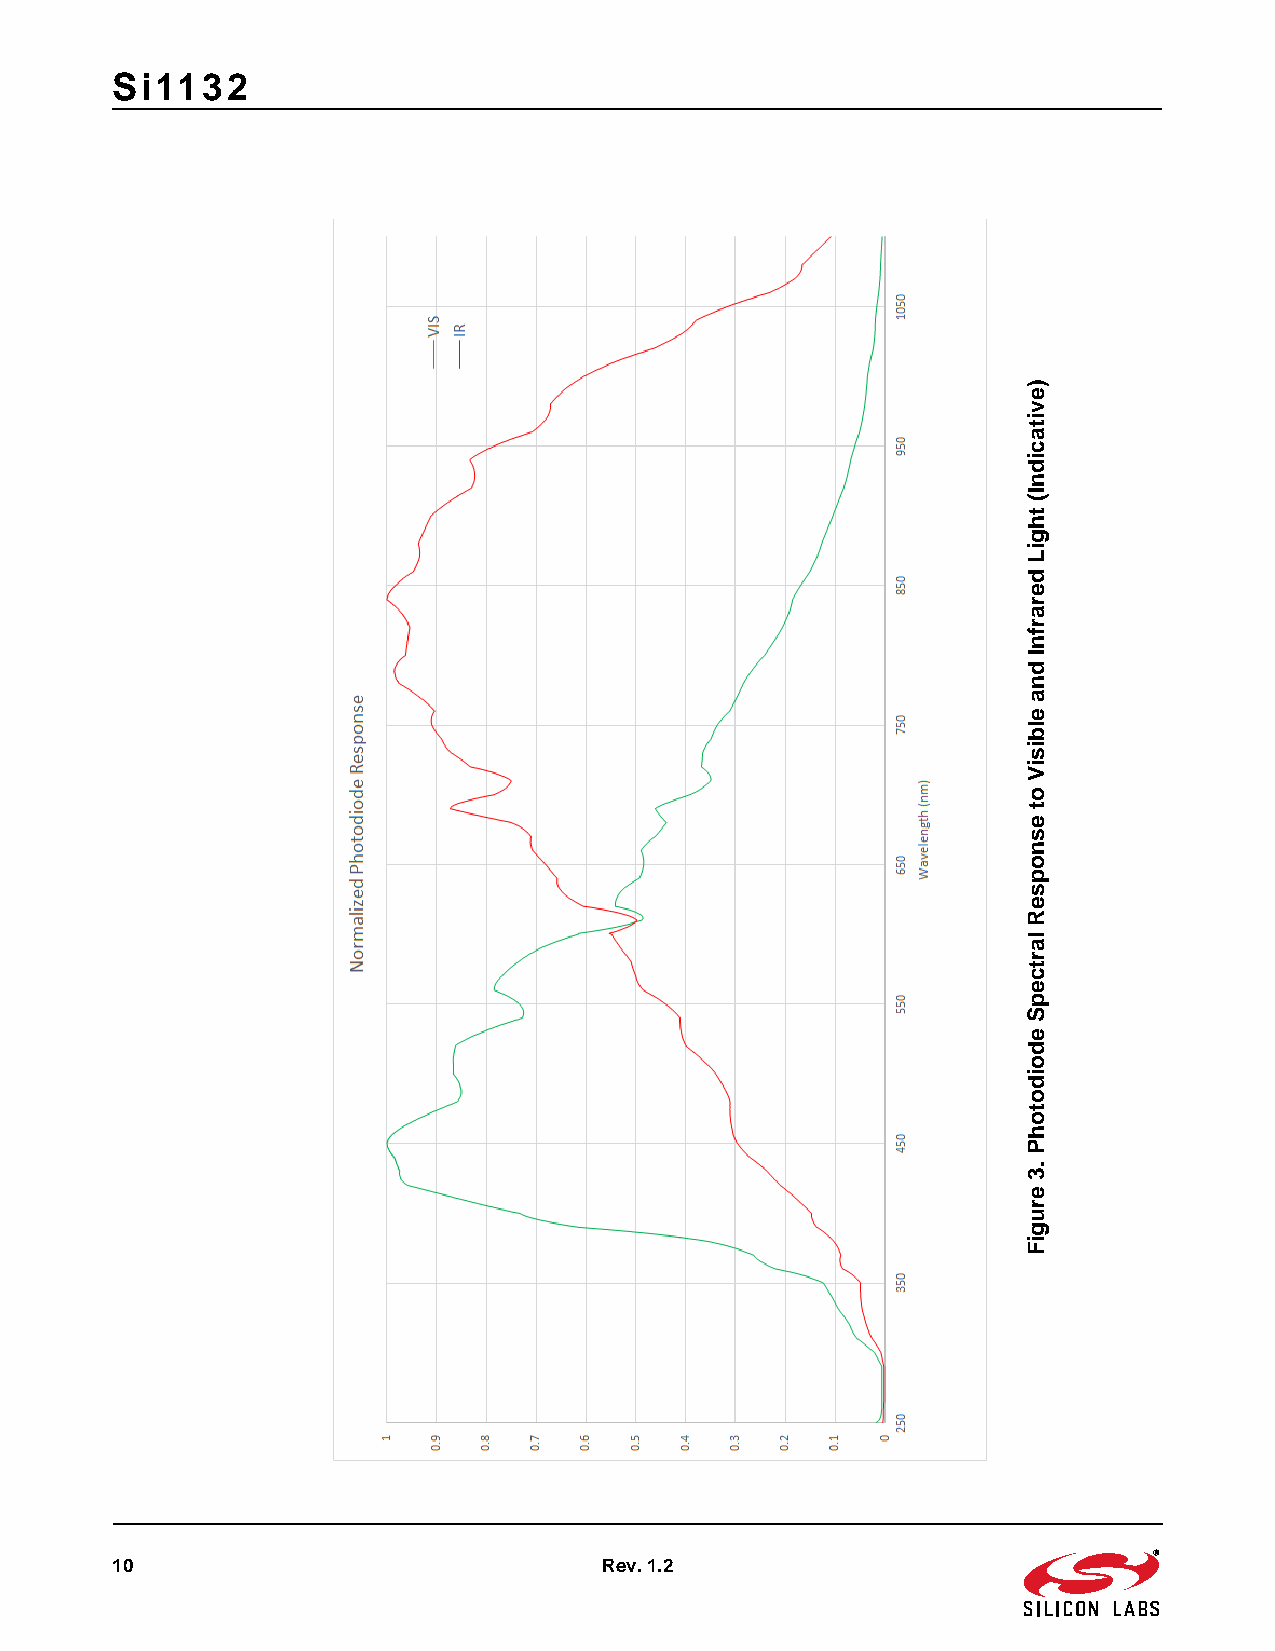
Si1132
 10                               Rev. 1.2
 )evitacidnI(
 thgiL
 derarfnI
 dna
 elbisiV
 ot
 esnopseR
 lartcepS
 edoidotohP
 .3
 erugiF